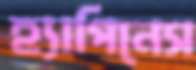
হ্যাপিনেস